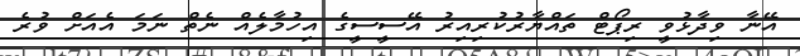
އޭނާ ވިދާޅުވީ ރިޕޯޓް ތައްޔާރުކުރިއިރު އޭސީސީގެ އިހުމާލެއް ނެތް ނަމަ އެއަށް ވުރެ